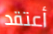
أعتقد